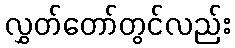
လွှတ်တော်တွင်လည်း